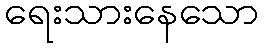
ရေးသားနေသော